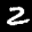
Label: 2